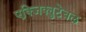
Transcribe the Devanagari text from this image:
एक्जिक्युटेबल